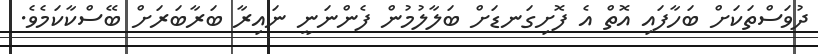
ދުވަސްތަކަށް ބަހާފައި އޮތް އެ ފޮށިގަނޑަށް ބަލާލުމުން ފެންނަނީ ނައިރާ ބަރާބަރަށް ބޭސްކާކަމެވެ.